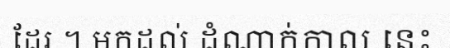
ដែរ ។ មកដល់ ដំណាក់កាល នេះ